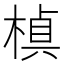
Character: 𭫕